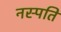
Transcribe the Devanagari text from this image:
नस्पति